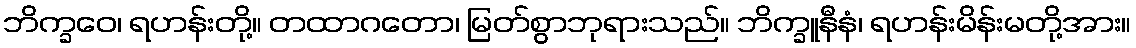
ဘိက္ခဝေ၊ ရဟန်းတို့။ တထာဂတော၊ မြတ်စွာဘုရားသည်။ ဘိက္ခူနီနံ၊ ရဟန်းမိန်းမတို့အား။